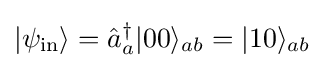
|\psi _{\text{in}}\rangle ={\hat {a}}_{a}^{\dagger }|00\rangle _{ab}=|10\rangle _{ab}